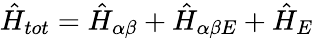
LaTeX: \hat{H}_{tot}=\hat{H}_{\alpha\beta}+\hat{H}_{\alpha\beta E}+\hat{H}_{E}